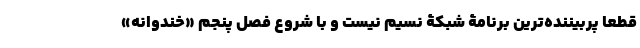
قطعا پربیننده‌ترین برنامۀ شبکۀ نسیم نیست و با شروع فصل پنجم «خندوانه»